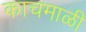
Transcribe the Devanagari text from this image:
काचमाळी